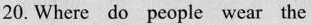
20. Where do people wear the